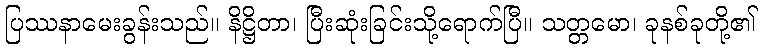
ပြဿနာမေးခွန်းသည်။ နိဋ္ဌိတာ၊ ပြီးဆုံးခြင်းသို့ရောက်ပြီ။ သတ္တမော၊ ခုနစ်ခုတို့၏